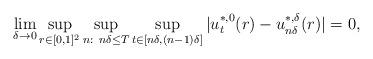
LaTeX: \begin{align*}\lim_{\delta \to 0 }\sup_{r\in[0,1]^2}\sup_{n:\ n\delta\leq T}\sup_{t\in [n\delta,(n-1)\delta]}|u_t^{*,0}(r)-u^{*,\delta}_{n\delta}(r)|=0,\end{align*}